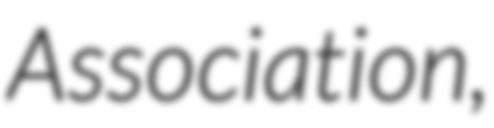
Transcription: Association,